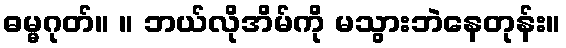
ဓမ္မဂုတ်။ ။ ဘယ်လိုအိမ်ကို မသွားဘဲနေတုန်း။